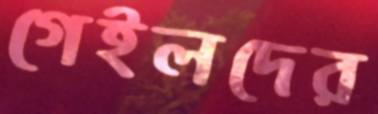
গেইলদের